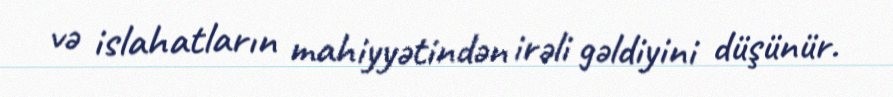
və islahatların mahiyyətindən irəli gəldiyini düşünür.